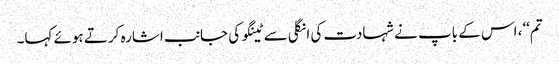
تم‘‘، اس کے باپ نے شہادت کی انگلی سے ٹینگو کی جانب اشارہ کرتے ہوئے کہا۔